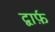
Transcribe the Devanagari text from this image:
द्वार्फ़